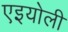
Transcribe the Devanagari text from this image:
एइयोली